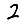
Digit: 2